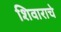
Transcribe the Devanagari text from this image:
शिवाराचे